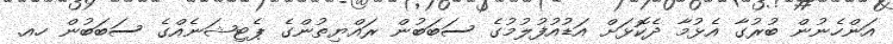
އަންހެނުން ބުރުގާ އެޅުމާ ދެކޮޅަށް އަޑުއުފުލުމުގެ ސަބަބުން ރައްޔިތުންގެ ޕެޓިޝަނެއްގެ ސަބަބުން ހއ.